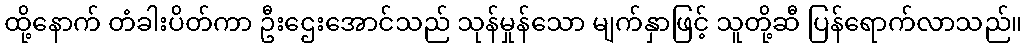
ထို့နောက် တံခါးပိတ်ကာ ဦးဌေးအောင်သည် သုန်မှုန်သော မျက်နှာဖြင့် သူတို့ဆီ ပြန်ရောက်လာသည်။